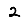
Digit: 2